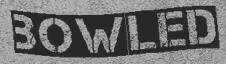
BOWLED